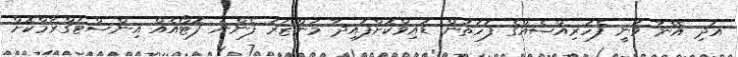
އަދި އޭނާ ވަނީ ފެހުރިއްސެއްގެ ފަހަތުން ޑައިވްކޮށްފައިދާ މަންޒަރު ފެންނަ ފޮޓޯއެއް އިންސްޓަގްރާމްކޮށް